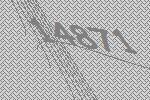
14871